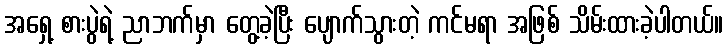
အရှေ့ စားပွဲရဲ့ ညာဘက်မှာ တွေ့ခဲ့ပြီး ပျောက်သွားတဲ့ ကင်မရာ အဖြစ် သိမ်းထားခဲ့ပါတယ်။